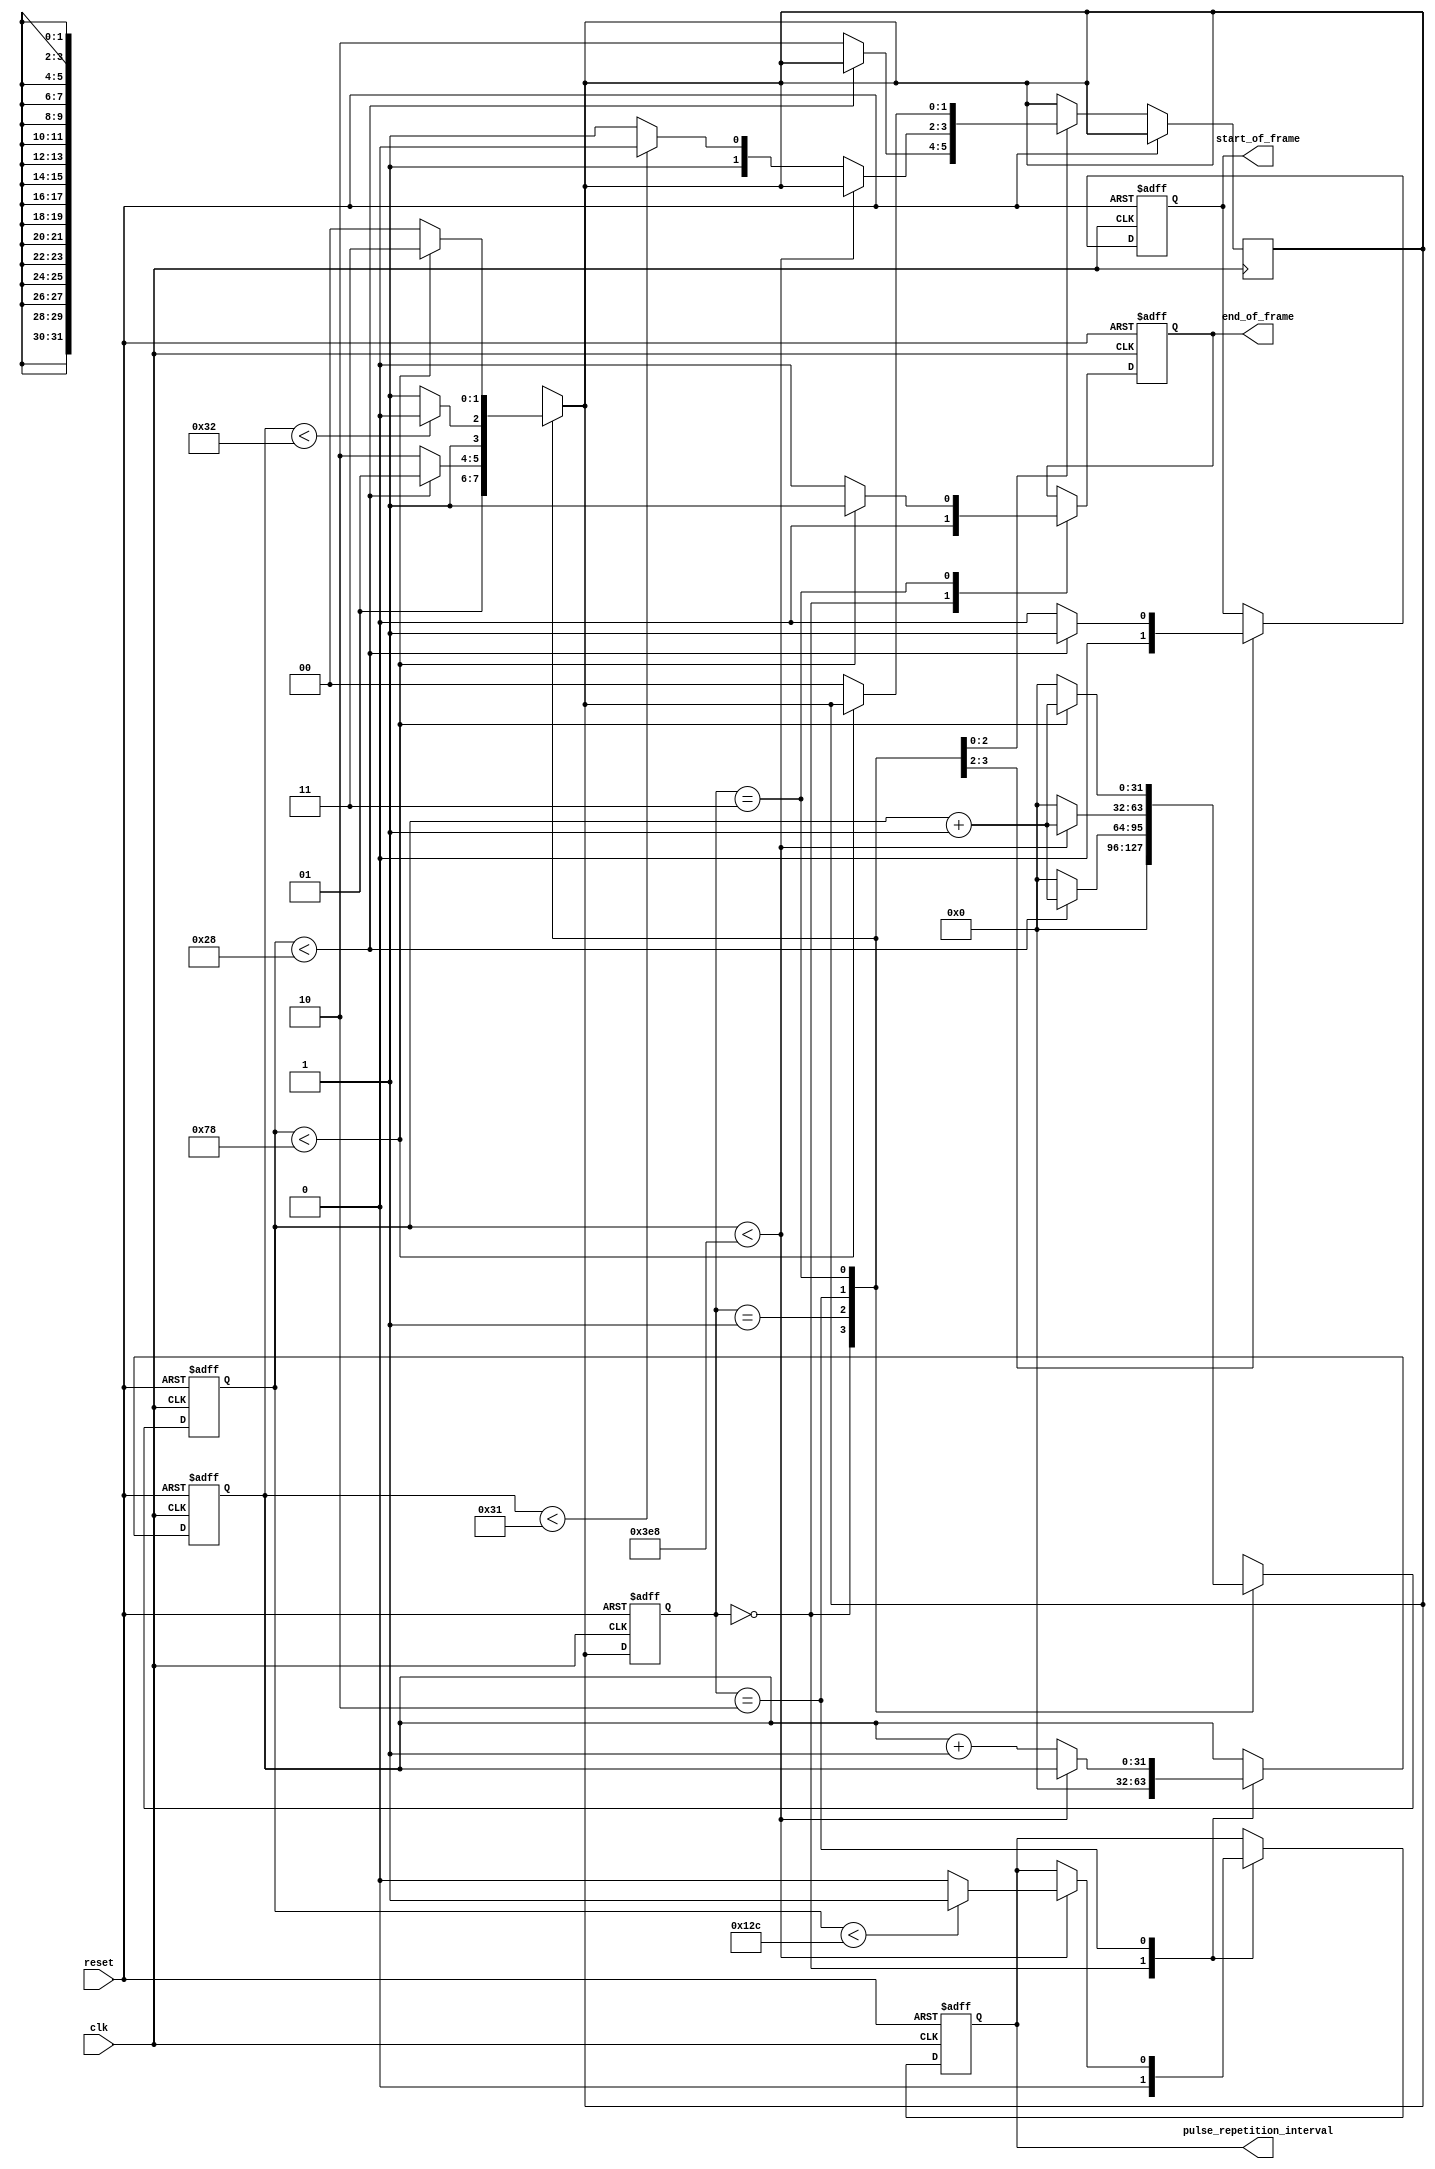

module clk(
    input wire clk,
    input wire reset,
    output reg start_of_frame,
    output reg pulse_repetition_interval,
    output reg end_of_frame
);

    // Parameters
    parameter SOF_WIDTH = 4;  // in microseconds
    parameter PRI_WIDTH = 30; // in microseconds
    parameter PRI_PERIOD = 100; // in microseconds
    parameter EOF_WIDTH = 12; // in microseconds
    parameter EOF_PERIODS = 50; // Number of PRIs after which EOF occurs

    // Clock frequency
    parameter CLK_FREQ = 100_000_00; // 100 MHz

    // Clock cycles calculation
    localparam SOF_CYCLES = (SOF_WIDTH * CLK_FREQ) / 1_000_000;
    localparam PRI_CYCLES = (PRI_WIDTH * CLK_FREQ) / 1_000_000;
    localparam PRI_PERIOD_CYCLES = (PRI_PERIOD * CLK_FREQ) / 1_000_000;
    localparam EOF_CYCLES = (EOF_WIDTH * CLK_FREQ) / 1_000_000;
    localparam EOF_PERIOD_CYCLES = EOF_PERIODS * PRI_PERIOD_CYCLES;

    // Counters
    reg [31:0] counter;
    reg [31:0] pri_counter;
    reg [1:0] current_state, next_state;
parameter IDLE=2'd0,SOF=2'd1,PRI=2'd2,EOF=2'd3;
    // State Machine States
//    typedef enum logic [1:0] {
//        IDLE,
//        SOF,
//        PRI,
//        EOF
//    } state_t;

    //state_t current_state, next_state;

    // State Machine
    always @(posedge clk or posedge reset) begin
        if (reset) begin
            current_state <= IDLE;
            counter <= 0;
            pri_counter <= 0;
            start_of_frame <= 0;
            pulse_repetition_interval <= 0;
            end_of_frame <= 0;
        end else begin
            current_state <= next_state;

            case (current_state)
                IDLE: begin
                    counter <= 0;
                    pri_counter <= 0;
                    start_of_frame <= 0;
                    pulse_repetition_interval <= 0;
                    end_of_frame <= 0;
                end
                SOF: begin
                    if (counter < SOF_CYCLES) begin
                        counter <= counter + 1;
                        start_of_frame <= 1;
                    end else begin
                        counter <= 0;
                        start_of_frame <= 0;
                        next_state <= PRI;
                    end
                end
                PRI: begin
                    if (counter < PRI_PERIOD_CYCLES) begin
                        counter <= counter + 1;
                        if (counter < PRI_CYCLES) begin
                            pulse_repetition_interval <= 1;
                        end else begin
                            pulse_repetition_interval <= 0;
                        end
                    end else begin
                        counter <= 0;
                        pri_counter <= pri_counter + 1;
                        if (pri_counter < EOF_PERIODS - 1) begin
                            next_state <= PRI;
                        end else begin
                            next_state <= EOF;
                        end
                    end
                end
                EOF: begin
                    if (counter < EOF_CYCLES) begin
                        counter <= counter + 1;
                        end_of_frame <= 1;
                    end else begin
                        counter <= 0;
                        end_of_frame <= 0;
                        next_state <= IDLE;
                    end
                end
            endcase
        end
    end

    always @(*) begin
        case (current_state)
            IDLE: next_state = SOF;
            SOF: next_state = (counter < SOF_CYCLES) ? SOF : PRI;
            PRI: next_state = (pri_counter < EOF_PERIODS) ? PRI : EOF;
            EOF: next_state = (counter < EOF_CYCLES) ? EOF : IDLE;
            default: next_state = IDLE;
        endcase
    end

endmodule